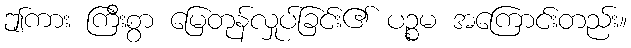
ဤကား ကြီးစွာ မြေတုန်လှုပ်ခြင်း၏ ပဉ္စမ အကြောင်းတည်း။